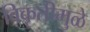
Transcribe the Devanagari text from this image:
विकृतीमुळे